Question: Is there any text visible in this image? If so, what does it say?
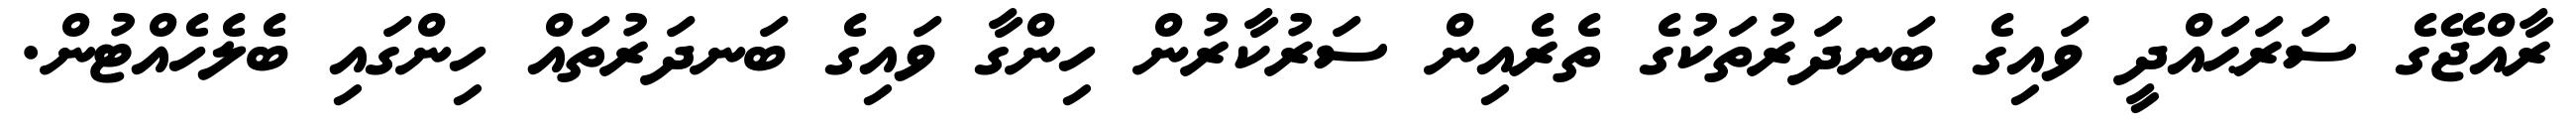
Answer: ރާއްޖޭގެ ސަރަޙައްދީ ވައިގެ ބަނދަރުތަކުގެ ތެރެއިން ސަރުކާރުން ހިންގާ ވައިގެ ބަނދަރުތައް ހިންގައި ބެލެހެއްޓުން.